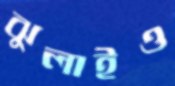
ঝুলাইও